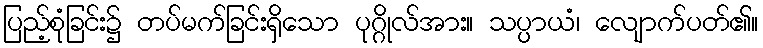
ပြည့်စုံခြင်း၌ တပ်မက်ခြင်းရှိသော ပုဂ္ဂိုလ်အား။ သပ္ပာယံ၊ လျောက်ပတ်၏။